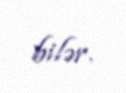
bilər.